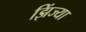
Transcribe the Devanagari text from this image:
झिंज्या